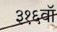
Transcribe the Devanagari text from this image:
३१६वॉ